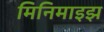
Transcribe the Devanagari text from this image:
मिनिमाइझ